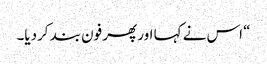
“ اس نے کہا اور پھر فون بند کردیا۔